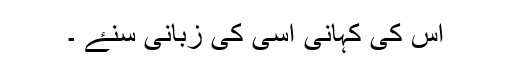
اس کی کہانی اسی کی زبانی سنۓ ۔